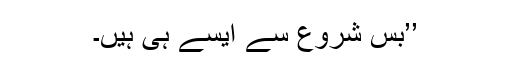
’’بس شروع سے ایسے ہی ہیں۔